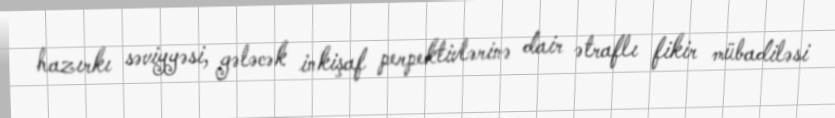
hazırkı səviyyəsi, gələcək inkişaf perpektivlərinə dair ətraflı fikir mübadiləsi